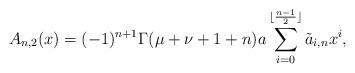
LaTeX: \begin{align*}A_{n,2}(x)=(-1)^{n+1}\Gamma(\mu+\nu+1+n)a\sum_{i=0}^{\lfloor\frac{n-1}{2}\rfloor}\tilde a_{i,n}x^i,\end{align*}